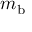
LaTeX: m _ { \mathrm { b } }